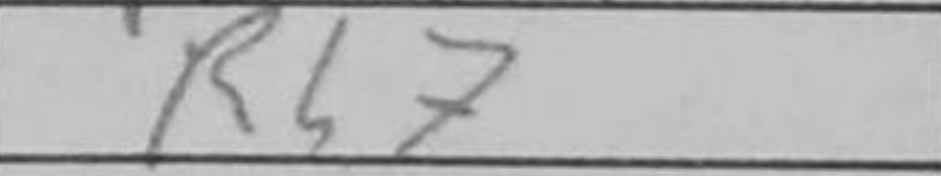
Transcription: Rh7